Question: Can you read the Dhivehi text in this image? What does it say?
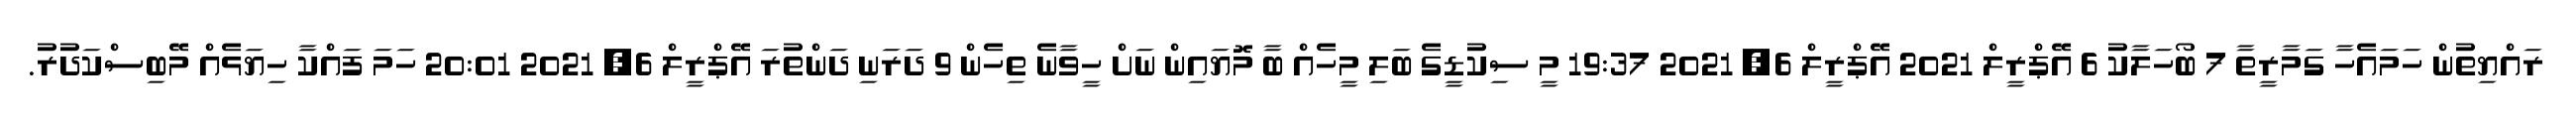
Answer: ރައްޔިތުން ހަމައެހާ ގަމާރީތާ 7 ބޯހަލާކު 6 އޭޕްރީލް 2021 އޭޕްރީލް 6, 2021 19:37 މީ ސިކުޑީގެ ބަލި މީހެއް ބާ މޮޔައިން ނަށް ހީވާނެ ތިހެން 9 ދަރަނި ދަންތުރަ އޭޕްރީލް 6, 2021 20:01 ހަމަ ފައްކާ ހިޔަޅެއް މޭބިސްކަދުރު.